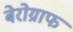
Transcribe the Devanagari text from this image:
बेरोग्राफ